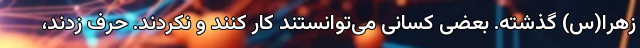
زهرا(س) گذشته. بعضی کسانی می‌توانستند کار کنند و نکردند. حرف زدند،